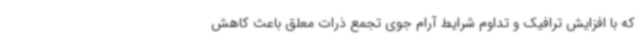
که با افزایش ترافیک و تداوم شرایط آرام جوی تجمع ذرات معلق باعث کاهش